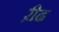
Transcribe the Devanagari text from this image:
ऱीढ